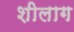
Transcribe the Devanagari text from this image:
शीलाग